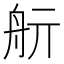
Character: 𦨘